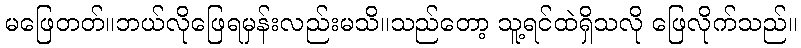
မဖြေတတ်။ဘယ်လိုဖြေရမှန်းလည်းမသိ။သည်တော့ သူ့ရင်ထဲရှိသလို ဖြေလိုက်သည်။